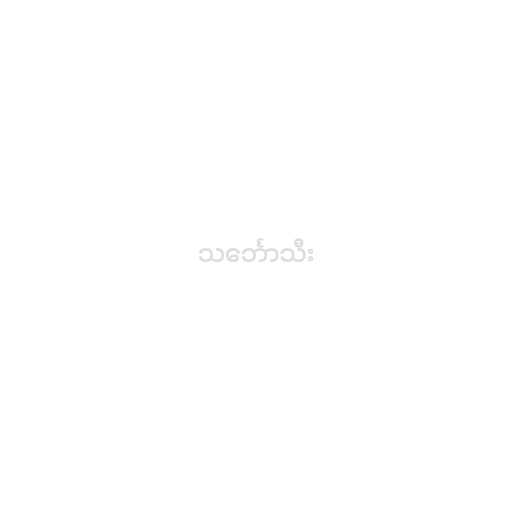
သင်္ဘောသီး